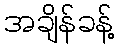
အချိန်ခန့်